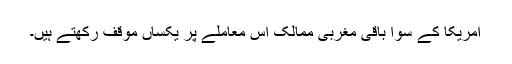
امريکا کے سوا باقی مغربی ممالک اس معاملے پر يکساں موقف رکھتے ہيں۔